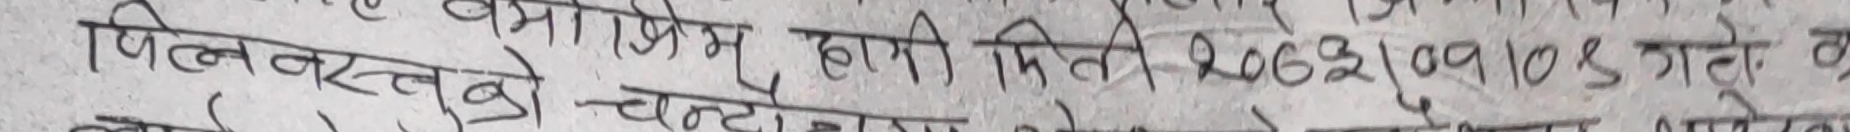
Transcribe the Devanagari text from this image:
पिलनवलब्रो चट्टानमा हामी मिती २०६२।०१।०४ गते को